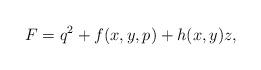
LaTeX: \begin{align*}F=q^2+f(x,y,p)+h(x,y)z,\end{align*}